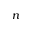
n